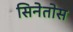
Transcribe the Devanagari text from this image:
सिनेतोस